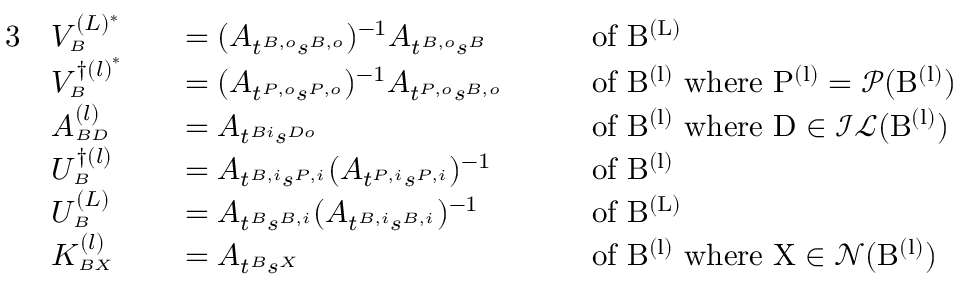
\begin{array} { r l r l r l } { { 3 } } & { V _ { \scriptscriptstyle B } ^ { { ( L ) ^ { * } } } } & & { = ( A _ { t ^ { B , o } s ^ { B , o } } ) ^ { - 1 } A _ { t ^ { B , o } s ^ { B } } } & & { \mathrm { \; \; ~ o f ~ B ^ { ( L ) } ~ } } \\ & { V _ { \scriptscriptstyle B } ^ { { \dagger ( l ) } ^ { * } } } & & { = ( A _ { t ^ { P , o } s ^ { P , o } } ) ^ { - 1 } A _ { t ^ { P , o } s ^ { B , o } } } & & { \mathrm { \; \; ~ o f ~ B ^ { ( l ) } ~ w h e r e ~ P ^ { ( l ) } = \mathcal { P } ( B ^ { ( l ) } ) ~ } } \\ & { A _ { \scriptscriptstyle B D } ^ { ( l ) } } & & { = A _ { t ^ { B i } s ^ { D o } } } & & { \mathrm { \; \; ~ o f ~ B ^ { ( l ) } ~ w h e r e ~ D \in \mathcal { I L } ( B ^ { ( l ) } ) ~ } } \\ & { U _ { \scriptscriptstyle B } ^ { \dagger ( l ) } } & & { = A _ { t ^ { B , i } s ^ { P , i } } ( A _ { t ^ { P , i } s ^ { P , i } } ) ^ { - 1 } } & & { \mathrm { \; \; ~ o f ~ B ^ { ( l ) } ~ } } \\ & { U _ { \scriptscriptstyle B } ^ { ( L ) } } & & { = A _ { t ^ { B } s ^ { B , i } } ( A _ { t ^ { B , i } s ^ { B , i } } ) ^ { - 1 } } & & { \mathrm { \; \; ~ o f ~ B ^ { ( L ) } ~ } } \\ & { K _ { \scriptscriptstyle B X } ^ { ( l ) } } & & { = A _ { t ^ { B } s ^ { X } } } & & { \mathrm { \; \; ~ o f ~ B ^ { ( l ) } ~ w h e r e ~ X \in \mathcal { N } ( B ^ { ( l ) } ) ~ } } \end{array}